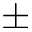
\pm